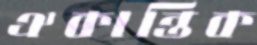
ঐকান্তিক